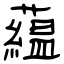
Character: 藴